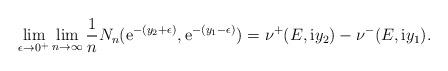
LaTeX: \begin{align*}\lim_{\epsilon\rightarrow0^{+}}\lim_{n\rightarrow\infty} \frac{1}{n}N_{n}(\mathrm{e}^{-(y_{2}+\epsilon)},\mathrm{e}^{-(y_{1}-\epsilon)})=\nu^{+}(E,\mathrm{i}y_{2})-\nu^{-}(E,\mathrm{i}y_{1}).\end{align*}